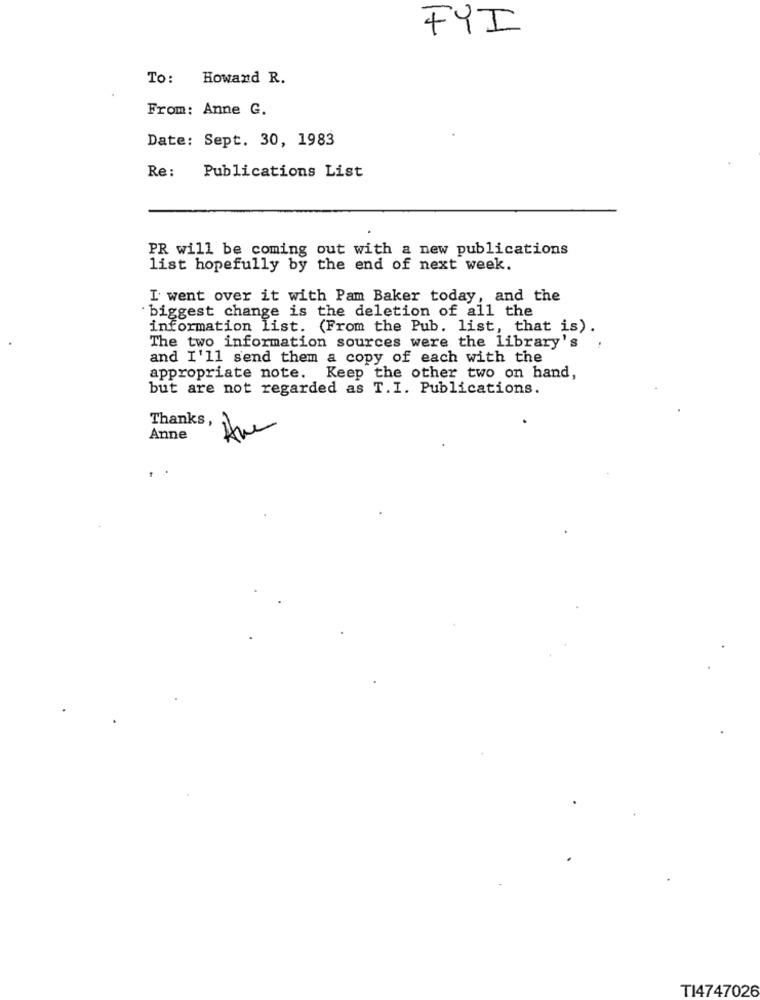
FYI
To: Howand R.
From: Anne G.
Date: Sept. 30, 1983
Re :
Publications List
PR will be coming out with a new publications
list hopefully by the end of next week.
I went over it with Pam Baker today, and the
biggest change is the deletion of all the
information list. (From the Pub. list, that is).
The two information sources were the library's
and I'll send them a copy of each with the
appropriate note. Keep the other two on hand,
but are not regarded as T.I. Publications.
the
Thanks,
Anne
TI4747026